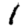
Digit: 1